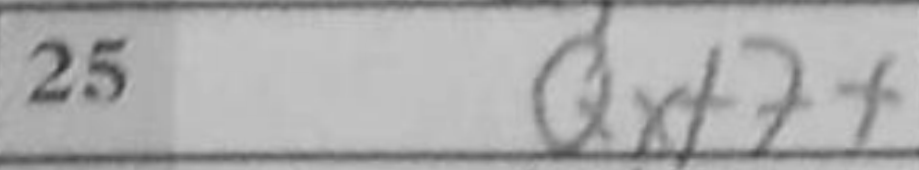
Transcription: Qxf7+